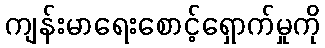
ကျန်းမာရေးစောင့်ရှောက်မှုကို